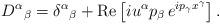
LaTeX: \begin{align*}D^\alpha{}_\beta=\delta^\alpha{}_\beta+\operatorname{Re}\left[iu^\alpha p_\beta\,e^{ip_\gamma x^\gamma}\right].\end{align*}